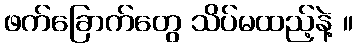
ဖက်ခြောက်တွေ သိပ်မထည့်နဲ့ ။